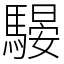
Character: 騴